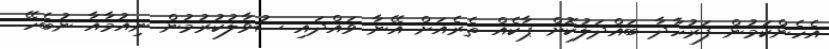
އެހެންކަމުން ފަރުހާދާ ބައްދަލުކޮށް ޕާކެއް ތެރެއަށް އޭނާ ވައްދައި ސުވާލުކުރުމުން ނިއުމާއާ ނުބެހޭ